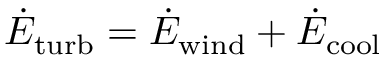
\dot { E } _ { \mathrm { t u r b } } = \dot { E } _ { \mathrm { w i n d } } + \dot { E } _ { \mathrm { c o o l } }